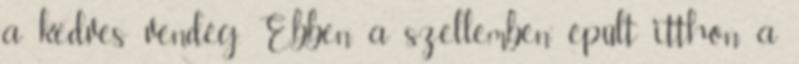
a kedves vendég. Ebben a szellemben épült itthon a